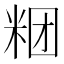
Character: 𰪶